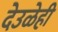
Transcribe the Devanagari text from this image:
देउळेही